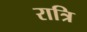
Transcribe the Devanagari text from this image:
रात्रि